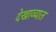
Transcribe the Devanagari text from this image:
देखाव्यात